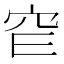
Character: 𥤫